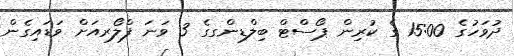
ދުވަހުގެ 15:00 ގެ ކުރިން ޕޯސްޓް ބިލްޑިންގގެ 3 ވަނަ ފްލޯރއަށް ވަޑައިގެން